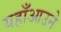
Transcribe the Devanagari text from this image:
यहाँआउने